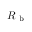
R _ { \mathrm { ~ b ~ } }